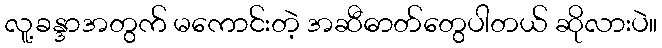
လူ့ခန္ဒာအတွက် မကောင်းတဲ့ အဆီဓာတ်တွေပါတယ် ဆိုလားပဲ။